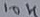
Text: 10K